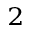
_ 2